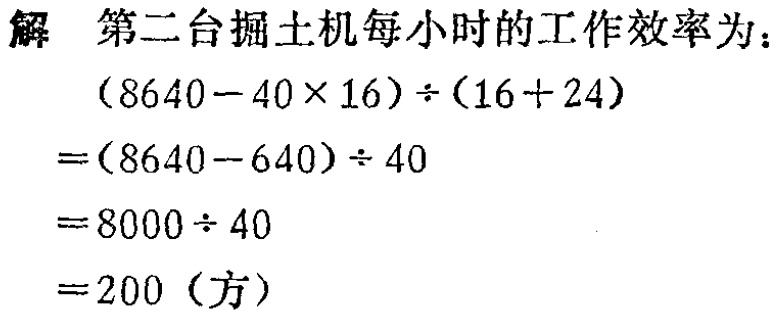
解 第二台掘土机每小时的工作效率为：
\[
\begin{align*}
&(8640 - 40\times16)\div(16 + 24)\\
=&(8640 - 640)\div40\\
=&8000\div40\\
=&200 \text{（方）}
\end{align*}
\]